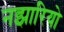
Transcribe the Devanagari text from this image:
नझारियो